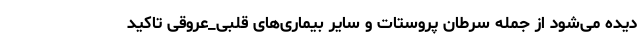
دیده می‌شود از جمله سرطان پروستات و سایر بیماری‌های قلبی_عروقی تاکید